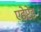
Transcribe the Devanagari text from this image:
एडेप्टेड